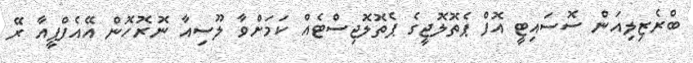
ބްރެޒިލިއަން ސޮސައިޓީ އޮފް ޕެތޮލޮޖީގެ ޕެތޮލޮޖިސްޓެއް ކަމަށްވާ ލޫސިއާ ނޮރޮހޮން އޭއެފްޕީއާ ރޭ